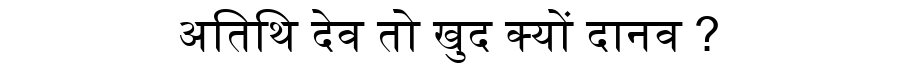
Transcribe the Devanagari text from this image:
अतिथि देव तो खुद क्यों दानव ?